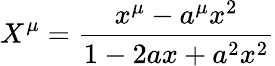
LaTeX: X^{\mu}={\frac{x^{\mu}-a^{\mu}x^{2}}{1-2ax+a^{2}x^{2}}}